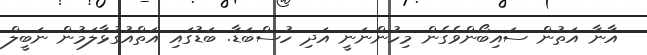
އާނާ އަތުން ސައިބޯންވެގެން މިހުންނަނީ އަދި ހުސްބަޑާ. ބަޑުގައި އަތްއުގުޅާލަމުން ނަބީލް